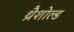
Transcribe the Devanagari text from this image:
थ्रैशोल्ड